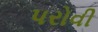
પરોવી